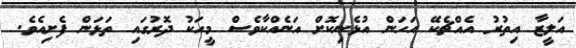
އަލީޒާ އިތުރު އެއްޗެކޭ އަހަން އުޅެނިކޮށް އަނެއްކާވެސް މީހަކު ދޮރުގައި ތަޅަން ފެށިއެވެ.